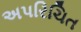
અપરિચિત